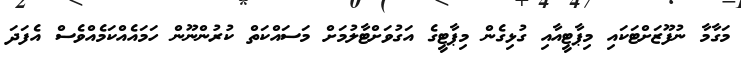
މަގާމާ ނުފޫޒަށްޓަކައި މިޕާޓީއާއި ގުޅިގެން މިޕާޓީގެ އަގުވަށްޓާލުމަށް މަސައްކަތް ކުރުންނޫން ހަމައެއްކަމެއްވެސް އެފަދަ